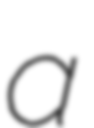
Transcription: a